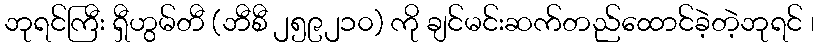
ဘုရင်ကြီး ရှီဟွမ်တီ (ဘီစီ ၂၅၉၂၁၀) ကို ချင်မင်းဆက်တည်ထောင်ခဲ့တဲ့ဘုရင် ၊